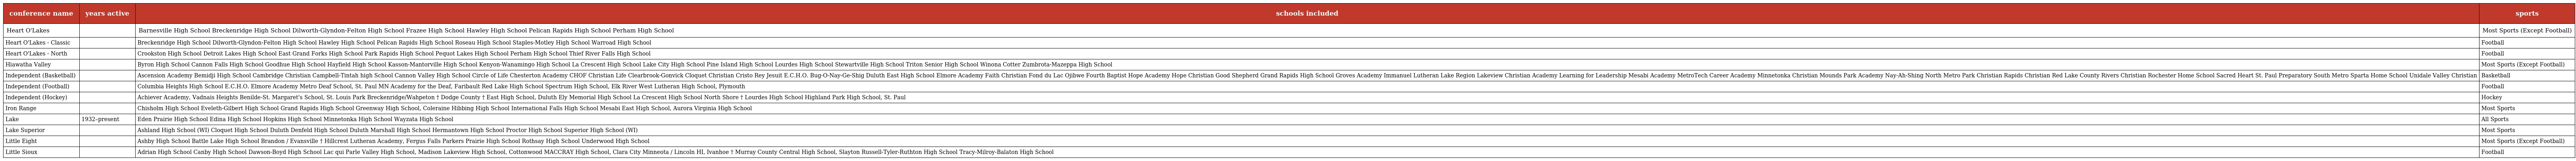
| conference name | years active | schools included | sports |
 | --- | --- | --- | --- |
 | Heart O'Lakes |  | Barnesville High School Breckenridge High School Dilworth-Glyndon-Felton High School Frazee High School Hawley High School Pelican Rapids High School Perham High School | Most Sports (Except Football) |
 | Heart O'Lakes - Classic |  | Breckenridge High School Dilworth-Glyndon-Felton High School Hawley High School Pelican Rapids High School Roseau High School Staples-Motley High School Warroad High School | Football |
 | Heart O'Lakes - North |  | Crookston High School Detroit Lakes High School East Grand Forks High School Park Rapids High School Pequot Lakes High School Perham High School Thief River Falls High School | Football |
 | Hiawatha Valley |  | Byron High School Cannon Falls High School Goodhue High School Hayfield High School Kasson-Mantorville High School Kenyon-Wanamingo High School La Crescent High School Lake City High School Pine Island High School Lourdes High School Stewartville High School Triton Senior High School Winona Cotter Zumbrota-Mazeppa High School | Most Sports (Except Football) |
 | Independent (Basketball) |  | Ascension Academy Bemidji High School Cambridge Christian Campbell-Tintah high School Cannon Valley High School Circle of Life Chesterton Academy CHOF Christian Life Clearbrook-Gonvick Cloquet Christian Cristo Rey Jesuit E.C.H.O. Bug-O-Nay-Ge-Shig Duluth East High School Elmore Academy Faith Christian Fond du Lac Ojibwe Fourth Baptist Hope Academy Hope Christian Good Shepherd Grand Rapids High School Groves Academy Immanuel Lutheran Lake Region Lakeview Christian Academy Learning for Leadership Mesabi Academy MetroTech Career Academy Minnetonka Christian Mounds Park Academy Nay-Ah-Shing North Metro Park Christian Rapids Christian Red Lake County Rivers Christian Rochester Home School Sacred Heart St. Paul Preparatory South Metro Sparta Home School Unidale Valley Christian | Basketball |
 | Independent (Football) |  | Columbia Heights High School E.C.H.O. Elmore Academy Metro Deaf School, St. Paul MN Academy for the Deaf, Faribault Red Lake High School Spectrum High School, Elk River West Lutheran High School, Plymouth | Football |
 | Independent (Hockey) |  | Achiever Academy, Vadnais Heights Benilde-St. Margaret's School, St. Louis Park Breckenridge/Wahpeton † Dodge County † East High School, Duluth Ely Memorial High School La Crescent High School North Shore † Lourdes High School Highland Park High School, St. Paul | Hockey |
 | Iron Range |  | Chisholm High School Eveleth-Gilbert High School Grand Rapids High School Greenway High School, Coleraine Hibbing High School International Falls High School Mesabi East High School, Aurora Virginia High School | Most Sports |
 | Lake | 1932–present | Eden Prairie High School Edina High School Hopkins High School Minnetonka High School Wayzata High School | All Sports |
 | Lake Superior |  | Ashland High School (WI) Cloquet High School Duluth Denfeld High School Duluth Marshall High School Hermantown High School Proctor High School Superior High School (WI) | Most Sports |
 | Little Eight |  | Ashby High School Battle Lake High School Brandon / Evansville † Hillcrest Lutheran Academy, Fergus Falls Parkers Prairie High School Rothsay High School Underwood High School | Most Sports (Except Football) |
 | Little Sioux |  | Adrian High School Canby High School Dawson-Boyd High School Lac qui Parle Valley High School, Madison Lakeview High School, Cottonwood MACCRAY High School, Clara City Minneota / Lincoln HI, Ivanhoe † Murray County Central High School, Slayton Russell-Tyler-Ruthton High School Tracy-Milroy-Balaton High School | Football |